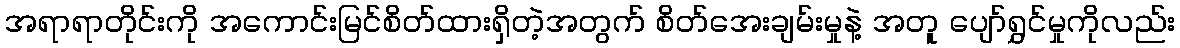
အရာရာတိုင်းကို အကောင်းမြင်စိတ်ထားရှိတဲ့အတွက် စိတ်အေးချမ်းမှုနဲ့ အတူ ပျော်ရွှင်မှုကိုလည်း